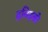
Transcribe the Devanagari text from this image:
द्रविड़को